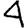
Digit: 4